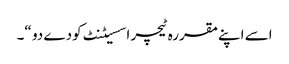
اسے اپنےمقررہ ٹیچر اسسیٹنٹ کودے دو “۔